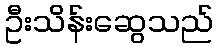
ဦးသိန်းဆွေသည်